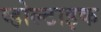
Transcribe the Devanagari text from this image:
व्होल्टाइक